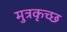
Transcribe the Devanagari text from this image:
मुत्रकृच्छ